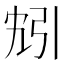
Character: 𫸬